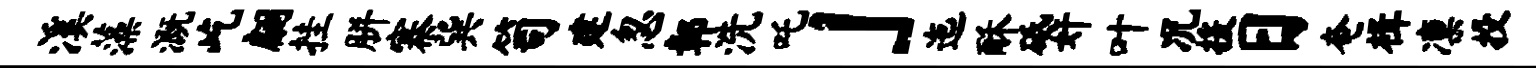
溪藻溉屹翩挂胼寨巽笥建忽鄣洗吒」迤酥砥奸叶况援日奄楫凛投